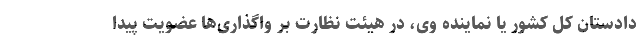
دادستان کل کشور یا نماینده وی، در هیئت نظارت بر واگذاری‌ها عضویت پیدا